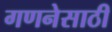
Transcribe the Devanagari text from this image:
गणनेसाठी